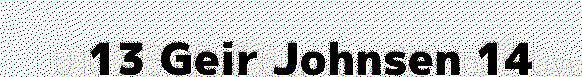
13 Geir Johnsen 14